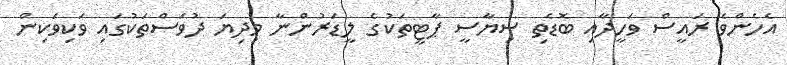
އެހެންވެ ރައީސް ވަހީދާއި ބޮޑެތި ސިޔާސީ ޕާޓީތަކުގެ ލީޑަރުންނާ މިދިޔަ ދުވަސްތަކުގައި ވަކިވަކިން